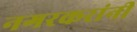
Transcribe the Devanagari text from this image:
नगरकरांनी